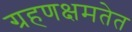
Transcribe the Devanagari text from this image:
ग्रहणक्षमतेत